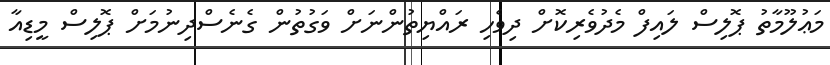
މަޢުލޫމާތު ޕޮލިސް ލައިފް މެދުވެރިކޮށް ދިވެހި ރައްޔިތުންނަށް ވަގުތުން ގެނެސްދިނުމަށް ޕޮލިސް މީޑިއާ